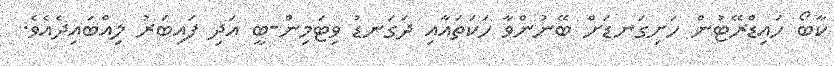
ކާބޯ ހައިޑްރޭޓުން ހަށިގަނޑަށް ބޭނުންވާ ހަކަތައާއި ދަގަނޑު ވިޓަމިން-ބީ އަދި ފައިބަރު ލިއްބައިދެއެވެ.